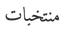
منتخبات